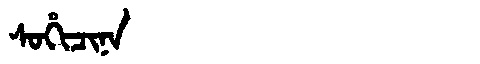
Manchu: ᠰᠣᡥᡳᠴᡳᠨᠠ
Romanization: SOHICINA